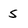
Character: 5